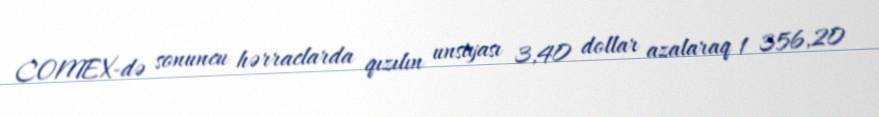
COMEX-də sonuncu hərraclarda qızılın unsiyası 3,40 dollar azalaraq 1 356,20